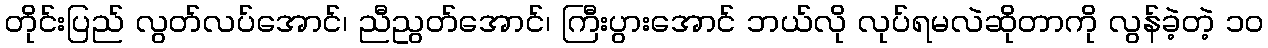
တိုင်းပြည် လွတ်လပ်အောင်၊ ညီညွတ်အောင်၊ ကြီးပွားအောင် ဘယ်လို လုပ်ရမလဲဆိုတာကို လွန်ခဲ့တဲ့ ၁၀